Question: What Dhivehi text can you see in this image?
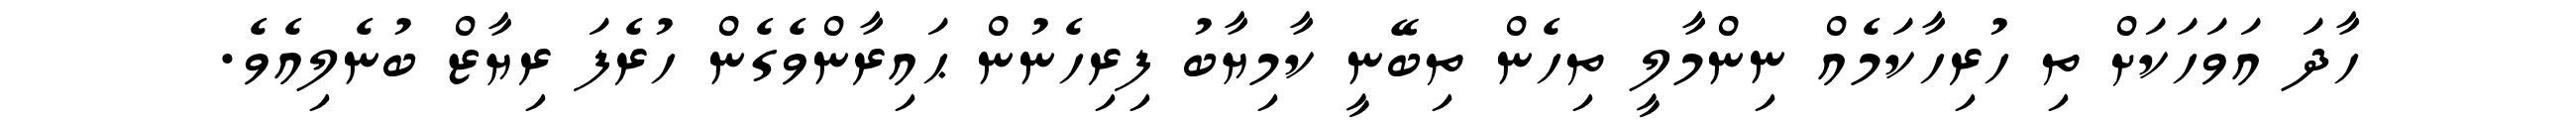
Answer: ހާދަ އަވަހަކަށް ތި ހުރިހާކަމެއް ނިންމާލީ ތިހެން ތިބޭނީ ކާމިޔާބު ފިރިހެނުން ޙައިރާންވެގެން ހުރެފަ ރިޔާޒް ބުނެލިއެވެ.